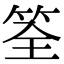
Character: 筌